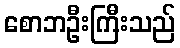
စောဘဦးကြီးသည်